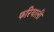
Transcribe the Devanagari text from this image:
फरियाली